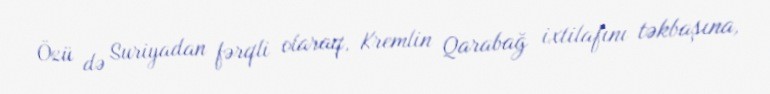
Özü də Suriyadan fərqli olaraq, Kremlin Qarabağ ixtilafını təkbaşına,